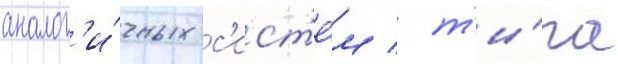
аналог'и́чных с'ист'е́м / т'и́па